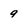
Character: 9